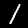
Label: 1